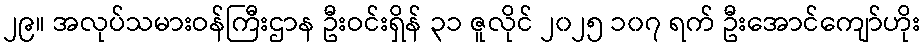
၂၉။ အလုပ်သမားဝန်ကြီးဌာန ဦးဝင်းရှိန် ၃၁ ဇူလိုင် ၂၀၂၅ ၁၀၇ ရက် ဦးအောင်ကျော်ဟိုး